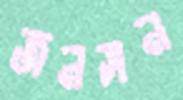
জনসন